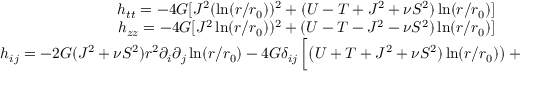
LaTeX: \begin{array} { c c } { { h _ { t t } = - 4 G [ J ^ { 2 } ( \ln ( r / r _ { 0 } ) ) ^ { 2 } + ( U - T + J ^ { 2 } + \nu S ^ { 2 } ) \ln ( r / r _ { 0 } ) ] } } \\ { { h _ { z z } = - 4 G [ J ^ { 2 } \ln ( r / r _ { 0 } ) ) ^ { 2 } + ( U - T - J ^ { 2 } - \nu S ^ { 2 } ) \ln ( r / r _ { 0 } ) ] } } \\ { { h _ { i j } = - 2 G ( J ^ { 2 } + \nu S ^ { 2 } ) r ^ { 2 } \partial _ { i } \partial _ { j } \ln ( r / r _ { 0 } ) - 4 G \delta _ { i j } \left[ \left( U + T + J ^ { 2 } + \nu S ^ { 2 } ) \ln ( r / r _ { 0 } ) \right) + S ^ { 2 } \left( \ln \frac { r } { r _ { 0 } } \right) ^ { 2 } \right] . } } \end{array}